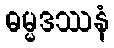
ဓမ္မဒဿနံ